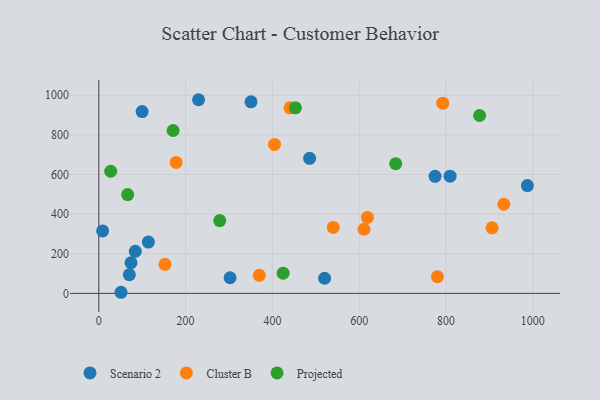
{"axis": {"x": "Investment", "y": "Sales"}, "legend": ["Cluster B", "Projected", "Scenario 2"], "data": [{"x": "229.8", "y": 977.4, "type": "Scenario 2"}, {"x": "809.4", "y": 591.7, "type": "Scenario 2"}, {"x": "51.2", "y": 5.6, "type": "Scenario 2"}, {"x": "99.8", "y": 917.7, "type": "Scenario 2"}, {"x": "774.8", "y": 590.8, "type": "Scenario 2"}, {"x": "485.7", "y": 681.6, "type": "Scenario 2"}, {"x": "350.7", "y": 966.7, "type": "Scenario 2"}, {"x": "520.3", "y": 76.5, "type": "Scenario 2"}, {"x": "987.5", "y": 544.0, "type": "Scenario 2"}, {"x": "114.2", "y": 259.1, "type": "Scenario 2"}, {"x": "8.8", "y": 315.1, "type": "Scenario 2"}, {"x": "302.4", "y": 79.0, "type": "Scenario 2"}, {"x": "74.2", "y": 154.6, "type": "Scenario 2"}, {"x": "84.1", "y": 212.5, "type": "Scenario 2"}, {"x": "70.3", "y": 94.2, "type": "Scenario 2"}, {"x": "152.5", "y": 146.9, "type": "Cluster B"}, {"x": "540.2", "y": 333.0, "type": "Cluster B"}, {"x": "404.8", "y": 751.8, "type": "Cluster B"}, {"x": "611.2", "y": 323.6, "type": "Cluster B"}, {"x": "619.0", "y": 383.6, "type": "Cluster B"}, {"x": "933.2", "y": 449.9, "type": "Cluster B"}, {"x": "906.2", "y": 330.9, "type": "Cluster B"}, {"x": "780.3", "y": 84.1, "type": "Cluster B"}, {"x": "440.6", "y": 936.4, "type": "Cluster B"}, {"x": "178.2", "y": 661.1, "type": "Cluster B"}, {"x": "792.4", "y": 960.2, "type": "Cluster B"}, {"x": "369.8", "y": 91.2, "type": "Cluster B"}, {"x": "453.1", "y": 936.7, "type": "Projected"}, {"x": "684.1", "y": 654.4, "type": "Projected"}, {"x": "66.5", "y": 498.6, "type": "Projected"}, {"x": "278.7", "y": 367.7, "type": "Projected"}, {"x": "424.7", "y": 101.9, "type": "Projected"}, {"x": "171.2", "y": 822.1, "type": "Projected"}, {"x": "877.4", "y": 897.7, "type": "Projected"}, {"x": "27.4", "y": 616.3, "type": "Projected"}]}